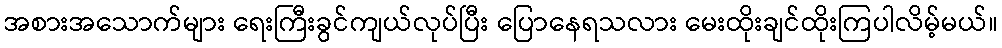
အစားအသောက်များ ရေးကြီးခွင်ကျယ်လုပ်ပြီး ပြောနေရသလား မေးထိုးချင်ထိုးကြပါလိမ့်မယ်။